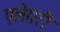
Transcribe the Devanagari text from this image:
एलेगरी